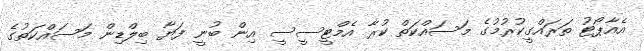
އެއާޕޯޓު ތަރައްގީކުރުމުގެ މަސައްކަތް ކުރާ އެމްޓީސީސީ އިން ބުނީ ފަޔާ ބިލްޑިން މަސައްކަތުގެ